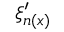
\xi _ { n ( x ) } ^ { \prime }